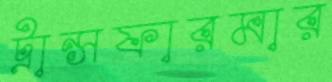
ট্রান্সফারমার